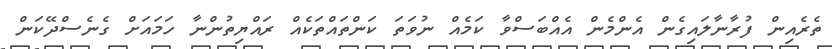
ތެރެއިން ފުރާނާލައިގެން އެންމެން އެއްބަސްވާ ކަމެއް ނުވަތަ ކަންތައްތަކެއް ރައްޔިތުންނާ ހަމައަށް ގެނެސްދޭކަން